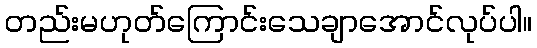
တည်းမဟုတ်ကြောင်းသေချာအောင်လုပ်ပါ။